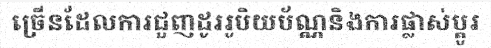
ច្រើនដែលការជួញដូររូបិយប័ណ្ណនិងការផ្លាស់ប្តូរ